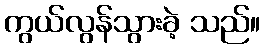
ကွယ်လွန်သွားခဲ့ သည်။